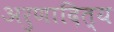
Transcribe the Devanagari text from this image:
अरुणादित्य